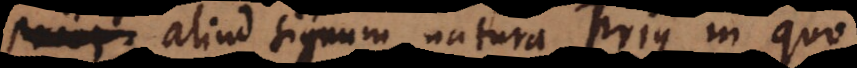
aliud signum natura prius in quo